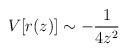
LaTeX: \begin{align*}V[r(z)] \sim -\frac{1}{4z^2}\end{align*}